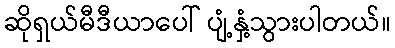
ဆိုရှယ်မီဒီယာပေါ် ပျံ့နှံ့သွားပါတယ်။